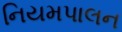
નિયમપાલન